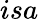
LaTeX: isa